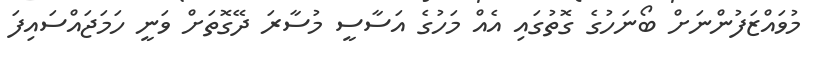
މުވައްޒަފުންނަށް ބޯނަހުގެ ގޮތުގައި އެއް މަހުގެ އަސާސީ މުސާރަ ދޭގޮތަށް ވަނީ ހަމަޖައްސައިފަ